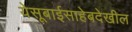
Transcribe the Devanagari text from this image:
येसूबाईसाहेबदेखील